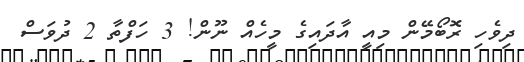
ދިވެހި ރޮބޯމޭން މިއީ އާދައިގެ މީހެއް ނޫން! 3 ހަފްތާ 2 ދުވަސް